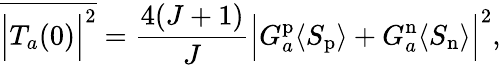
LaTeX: \overline{{{\Bigl\vert T_{a}(0)\Bigr\vert^{2}}}}={\frac{4(J+1)}{J}}\Bigl\vert G_{a}^{\mathrm{p}}\langle S_{\mathrm{p}}\rangle+G_{a}^{\mathrm{n}}\langle S_{\mathrm{n}}\rangle\Bigr\vert^{2},